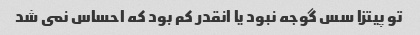
تو پیتزا سس گوجه نبود یا انقدر کم بود که احساس نمى شد